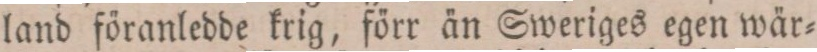
land föranledde krig, förr än Sweriges egen wär=